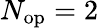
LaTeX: N_{\mathrm{op}}=2